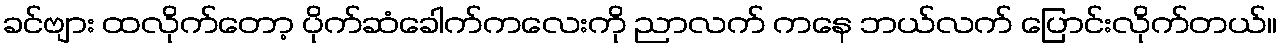
ခင်ဗျား ထလိုက်တော့ ပိုက်ဆံခေါက်ကလေးကို ညာလက် ကနေ ဘယ်လက် ပြောင်းလိုက်တယ်။